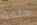
حلقة